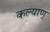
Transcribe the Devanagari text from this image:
कल्याण्